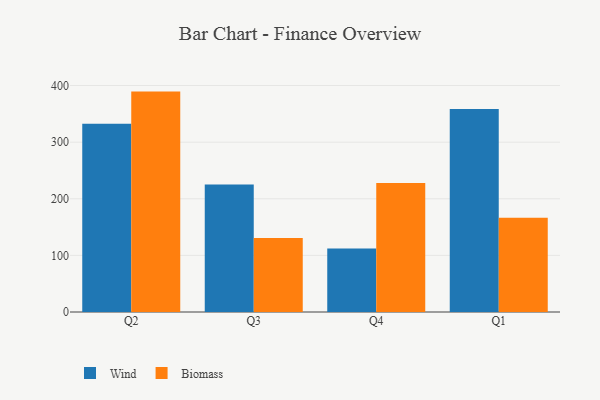
{"axis": {"x": "Quarter", "y": "Production Output"}, "legend": ["Biomass", "Wind"], "data": [{"x": "Q2", "y": 332.6, "type": "Wind"}, {"x": "Q2", "y": 389.3, "type": "Biomass"}, {"x": "Q3", "y": 225.1, "type": "Wind"}, {"x": "Q3", "y": 130.8, "type": "Biomass"}, {"x": "Q4", "y": 112.1, "type": "Wind"}, {"x": "Q4", "y": 227.7, "type": "Biomass"}, {"x": "Q1", "y": 358.4, "type": "Wind"}, {"x": "Q1", "y": 166.4, "type": "Biomass"}]}